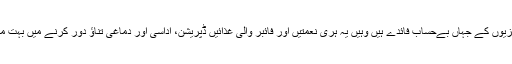
اب خبر یہ ہے کہ سبزیوں کے جہاں بےحساب فائدے ہیں وہیں یہ ہری نعمتیں اور فائبر والی غذائیں ڈپریشن، اداسی اور دماغی تناؤ دور کرنے میں بہت مددگار ثابت ہوتی ہیں۔